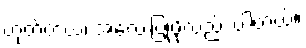
ဟုတ်တယ်၊ အလေးပြုဖို့လည်း ပါတယ်။